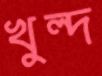
খুল্দ